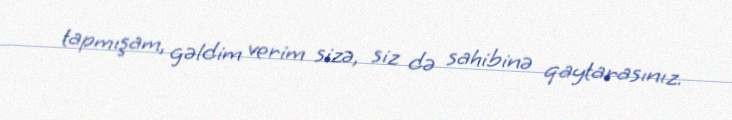
tapmışam, gəldim verim sizə, siz də sahibinə qaytarasınız.